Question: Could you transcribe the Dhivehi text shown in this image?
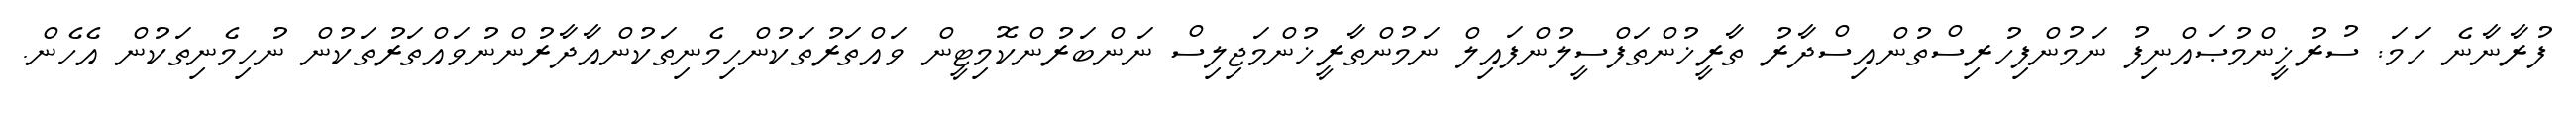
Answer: ފުރާނާނެ ހަމަ: ސުރުޚީންމުޞައްނިފު ނަމުންފިހުރިސްތުންއިސްދާރު ތާރީޚުންތަފްސީލުންފައިލް ނަމުންތާރީޚުންމަޖިލިސް ނަންބަރުންކޮމިޓީން ވައްތަރުތަކުންހިމެނިތަކުންއާދާރުންނުވައްތަރުތަކުން ނުހިމެނިތަކުން އެހެން.